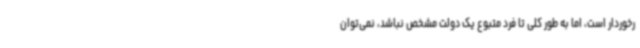
رخوردار است، اما به طور کلی تا فرد متبوع یک دولت مشخص نباشد، نمی‌توان